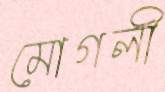
মোগলী